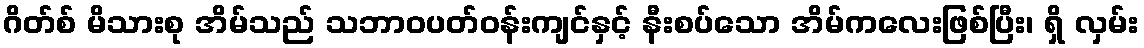
ဂိတ်စ် မိသားစု အိမ်သည် သဘာဝပတ်ဝန်းကျင်နှင့် နီးစပ်သော အိမ်ကလေးဖြစ်ပြီး၊ ရှိ လှမ်း